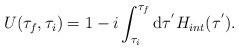
\begin{align*}U(\tau_{f},\tau_{i})=1-i\int_{\tau_{i}}^{\tau_{f}}{\rm d}\tau^{'}H_{int}(\tau^{'}). \end{align*}